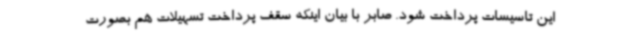
این تاسیسات پرداخت شود. صابر با بیان اینکه سقف پرداخت تسهیلات هم بصورت